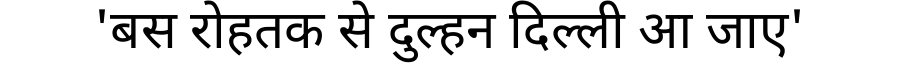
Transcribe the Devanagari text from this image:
'बस रोहतक से दुल्हन दिल्ली आ जाए'